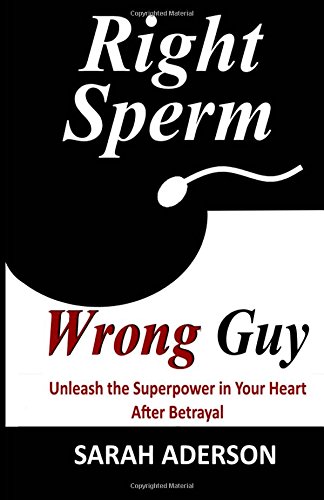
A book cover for Right Sperm Wrong Guy: Unleash the Superpower in Your Heart After Betrayal; Sarah Aderson; Parenting & Relationships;